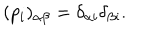
( p _ { i } ) _ { \alpha \beta } = \delta _ { \alpha i } \delta _ { \beta i } .